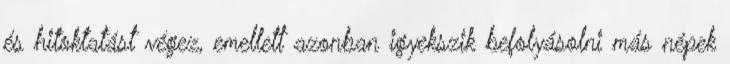
és hitoktatást végez, emellett azonban igyekszik befolyásolni más népek